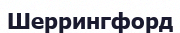
Шеррингфорд